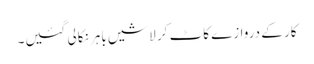
کار کے دروازے کاٹ کر لاشیں باہر نکالی گئیں۔